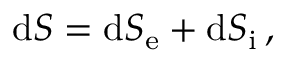
\mathrm { d } S = \mathrm { d } S _ { \mathrm { e } } + \mathrm { d } S _ { \mathrm { i } } \, ,